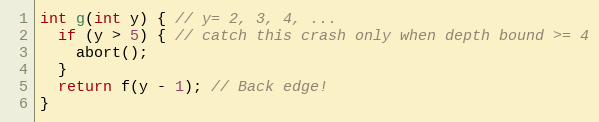
Language: C
int g(int y) { // y= 2, 3, 4, ...
  if (y > 5) { // catch this crash only when depth bound >= 4
    abort();
  }
  return f(y - 1); // Back edge!
}